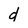
Character: d